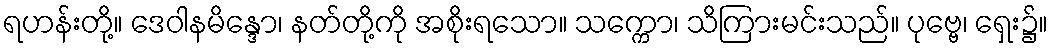
ရဟန်းတို့။ ဒေဝါနမိန္ဒော၊ နတ်တို့ကို အစိုးရသော။ သက္ကော၊ သိကြားမင်းသည်။ ပုဗ္ဗေ၊ ရှေး၌။